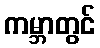
ကမ္ဘာတွင်